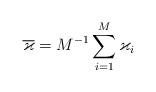
LaTeX: \begin{gather*}\overline{\varkappa}=M^{-1}\sum_{i=1}^{M}\varkappa_i\end{gather*}